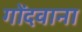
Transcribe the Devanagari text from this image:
गोंदवाना